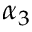
\alpha _ { 3 }